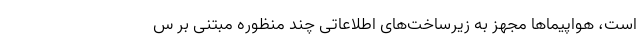
است، هواپیماها مجهز به زیرساخت‌های اطلاعاتی چند منظوره مبتنی بر س